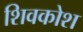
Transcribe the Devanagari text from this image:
शिवकोश